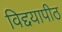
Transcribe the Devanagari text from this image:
विद्दयापीठ